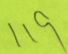
1 1 9